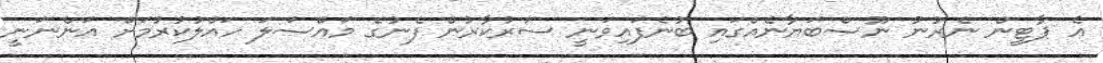
އެ ޕާޓީން ނެރުނު ނޫސްބަޔާނެއްގައި ބުނެފައިވަނީ ސަރުކާރުން ފެނުގެ މައްސަލަ ހައްލުކުރުމަށް އަންނަނީ